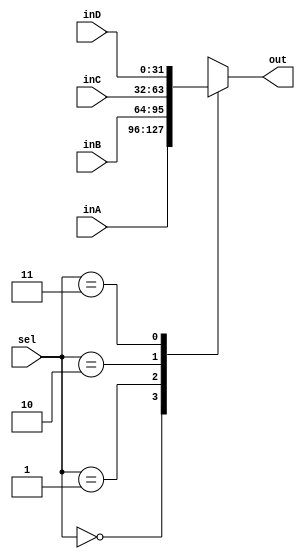
`timescale 1ns / 1ps

////////////////////////////////////////////////////////////////////////////////
// ECE369 - Computer Architecture
// Laboratory 1
// Module - mux_2to1_32bit.v
// Description - Performs signal multiplexing between 2 32-Bit words.
////////////////////////////////////////////////////////////////////////////////

module mux_4to1_32bit(out, inA, inB, inC, inD, sel);

    output  [31:0] out;
    
    input   [31:0] inA,inB, inC, inD;
    input   [1:0]  sel;
	reg [31:0]out;
    /* Fill in the implementation here ... */ 
	 always@(inA,inB,inC, inD,sel)
	 begin
		case (sel) 
			0:
				out <= inA;
			1:
				out <= inB;
			2:
				out <= inC;
			3:
				out <= inD;
		endcase
	 end
	 

endmodule